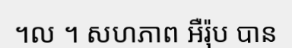
។ល ។ សហភាព អឺរ៉ុប បាន